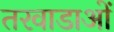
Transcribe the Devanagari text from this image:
तरवाडाओं